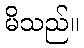
မိသည်။